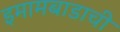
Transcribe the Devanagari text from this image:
इमामबाडाची